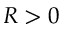
R > 0